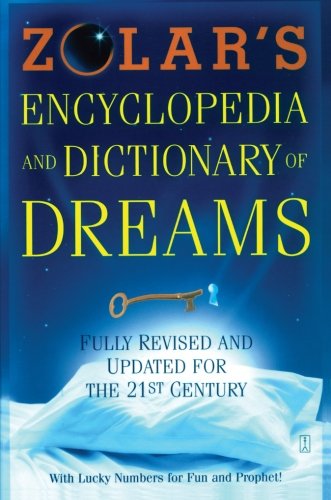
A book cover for Zolar's Encyclopedia and Dictionary of Dreams: Fully Revised and Updated for the 21st Century; Zolar; Self-Help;